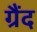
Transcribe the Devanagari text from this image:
ग्रैंद